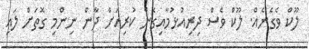
ލޫކް ވެގެނެއް. ލޫކް ވެސް ދިރިއުޅުމާއިގެން ކުރިއަށް ދާން ނިންމި ގޮތަށް ލައި